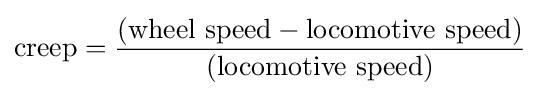
{\mbox{creep}}={\frac {({\mbox{wheel speed}}-{\mbox{locomotive speed}})}{({\mbox{locomotive speed}})}}